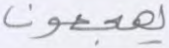
يهجعون